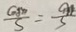
\frac { G M } { S } = \frac { a } { 3 }